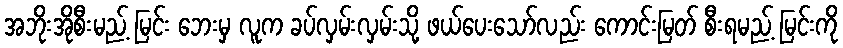
အဘိုးအိုစီးမည့် မြင်း ဘေးမှ လူက ခပ်လှမ်းလှမ်းသို့ ဖယ်ပေးသော်လည်း ကောင်းမြတ် စီးရမည့် မြင်းကို